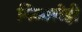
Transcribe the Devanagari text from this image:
मिळालेही